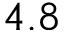
4 . 8